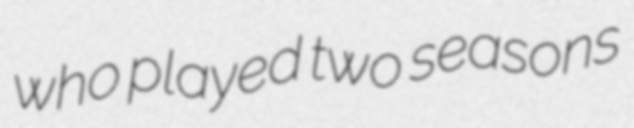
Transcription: who played two seasons